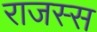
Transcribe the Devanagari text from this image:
राजस्स